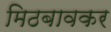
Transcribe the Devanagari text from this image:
मिठबावकर